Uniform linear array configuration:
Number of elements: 8
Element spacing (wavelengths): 1
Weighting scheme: hann
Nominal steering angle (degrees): -15
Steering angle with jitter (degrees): -16.503
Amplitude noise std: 0.05
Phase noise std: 0.05

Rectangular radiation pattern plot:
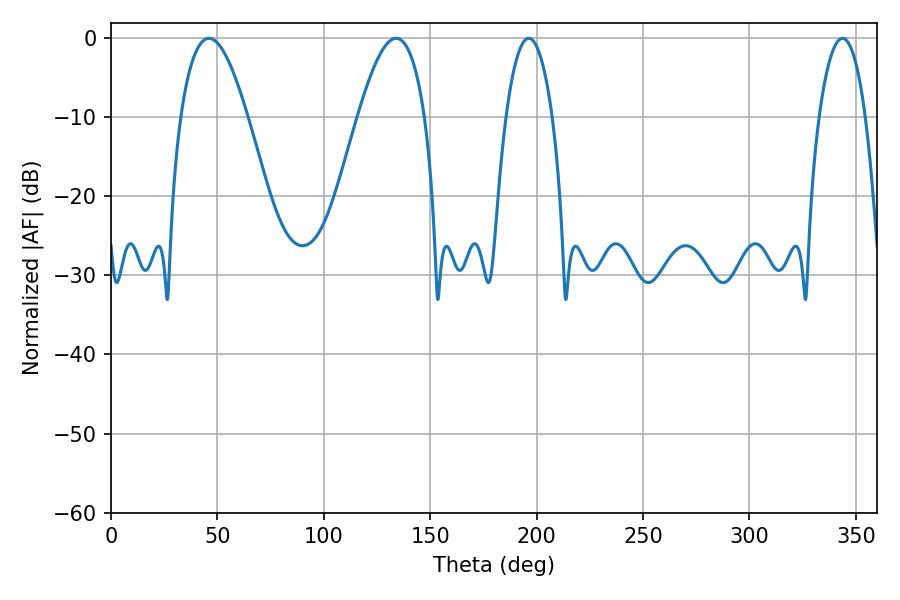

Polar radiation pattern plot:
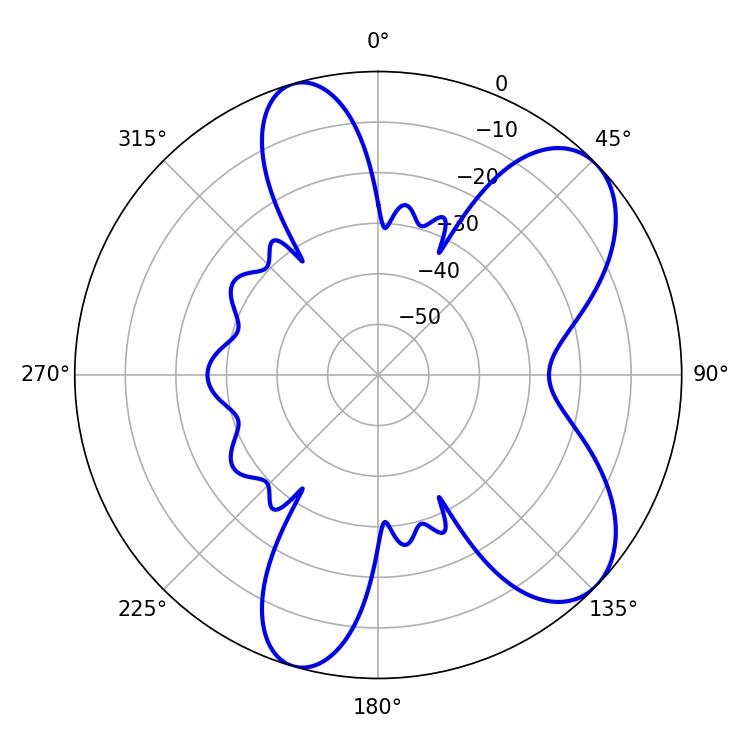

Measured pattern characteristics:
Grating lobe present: TRUE
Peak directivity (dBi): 7.619
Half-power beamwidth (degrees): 17.1
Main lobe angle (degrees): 46.08